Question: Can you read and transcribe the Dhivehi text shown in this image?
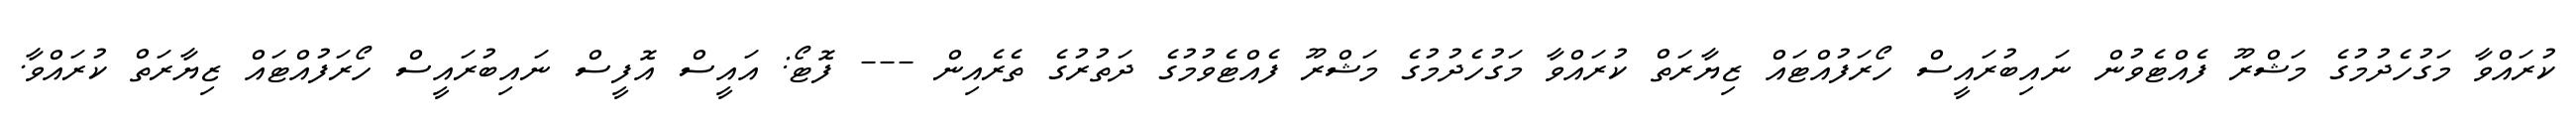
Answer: ކުރައްވާ މަގުހެދުމުގެ މަޝްރޫ ފެއްޓެވުން ނައިބުރައީސް ހޯރަފުއްޓައް ޒިޔާރަތް ކުރައްވާ މަގުހެދުމުގެ މަޝްރޫ ފެއްޓެވުމުގެ ދަތުރުގެ ތެރެއިން --- ފޮޓޯ: އައީސް އޮފީސް ނައިބުރައީސް ހޯރަފުއްޓައް ޒިޔާރަތް ކުރައްވާ.